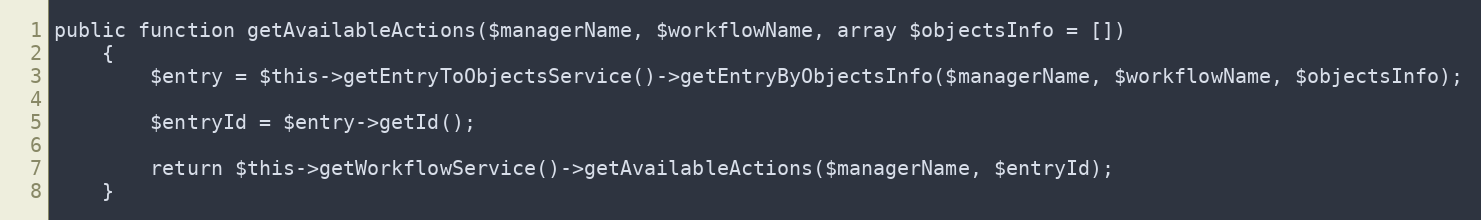
Language: PHP
public function getAvailableActions($managerName, $workflowName, array $objectsInfo = [])
    {
        $entry = $this->getEntryToObjectsService()->getEntryByObjectsInfo($managerName, $workflowName, $objectsInfo);

        $entryId = $entry->getId();

        return $this->getWorkflowService()->getAvailableActions($managerName, $entryId);
    }